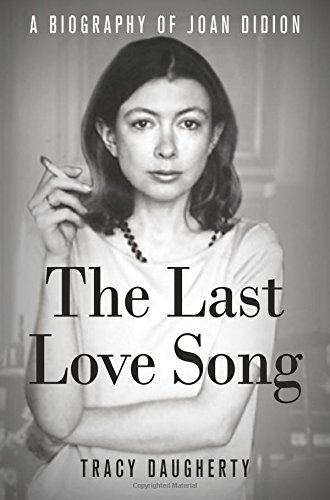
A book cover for The Last Love Song: A Biography of Joan Didion; Tracy Daugherty; Biographies & Memoirs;